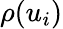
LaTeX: \rho(u_{i})